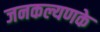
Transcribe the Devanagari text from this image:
जनकल्यणके